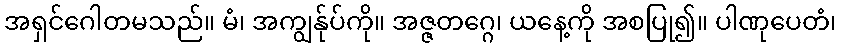
အရှင်ဂေါတမသည်။ မံ၊ အကျွန်ုပ်ကို။ အဇ္ဇတဂ္ဂေ၊ ယနေ့ကို အစပြု၍။ ပါဏုပေတံ၊